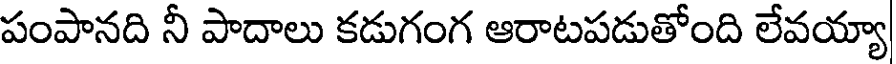
పంపానది నీ పాదాలు కడుగంగ ఆరాటపడుతోంది లేవయ్యా